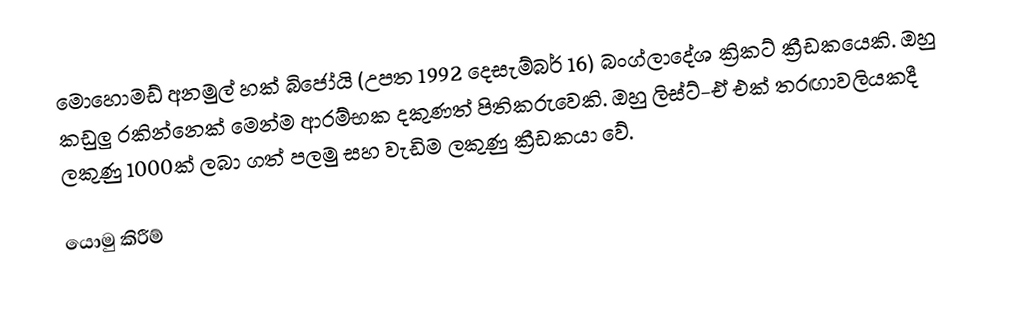
මොහොමඩ් අනමුල් හක් බිජෝයි (උපත 1992 දෙසැම්බර් 16) බංග්ලාදේශ ක්‍රිකට් ක්‍රීඩකයෙකි. ඔහු කඩුලු රකින්නෙක් මෙන්ම ආරම්භක දකුණත් පිතිකරුවෙකි. ඔහු ලිස්ට්-ඒ එක් තරඟාවලියකදී ලකුණු 1000ක් ලබා ගත් පලමු සහ වැඩිම ලකුණු ක්‍රීඩකයා වේ.

යොමු කිරීම්